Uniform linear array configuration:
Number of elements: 16
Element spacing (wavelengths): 0.75
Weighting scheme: cosine
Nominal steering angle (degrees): -30
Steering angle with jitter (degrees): -28.457
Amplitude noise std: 0.05
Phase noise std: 0.05

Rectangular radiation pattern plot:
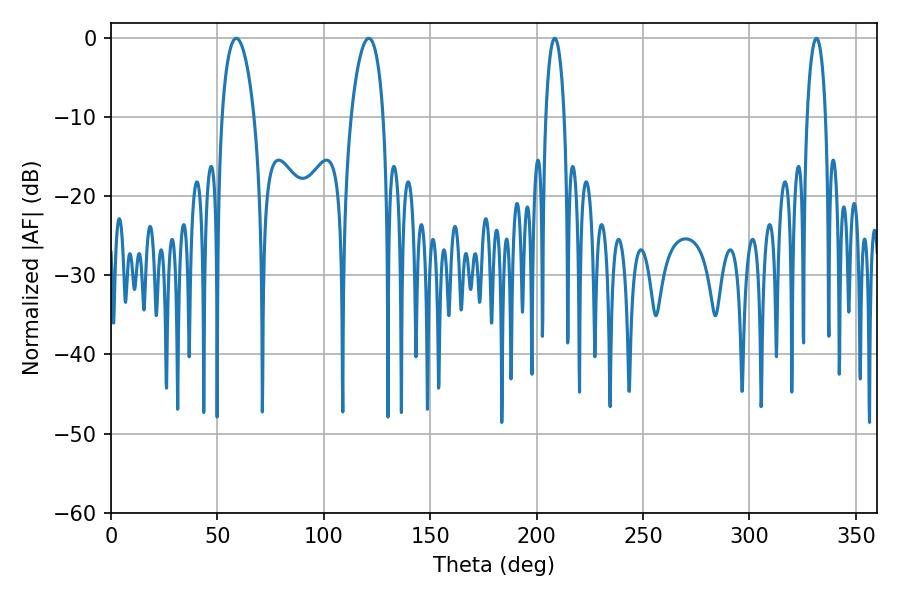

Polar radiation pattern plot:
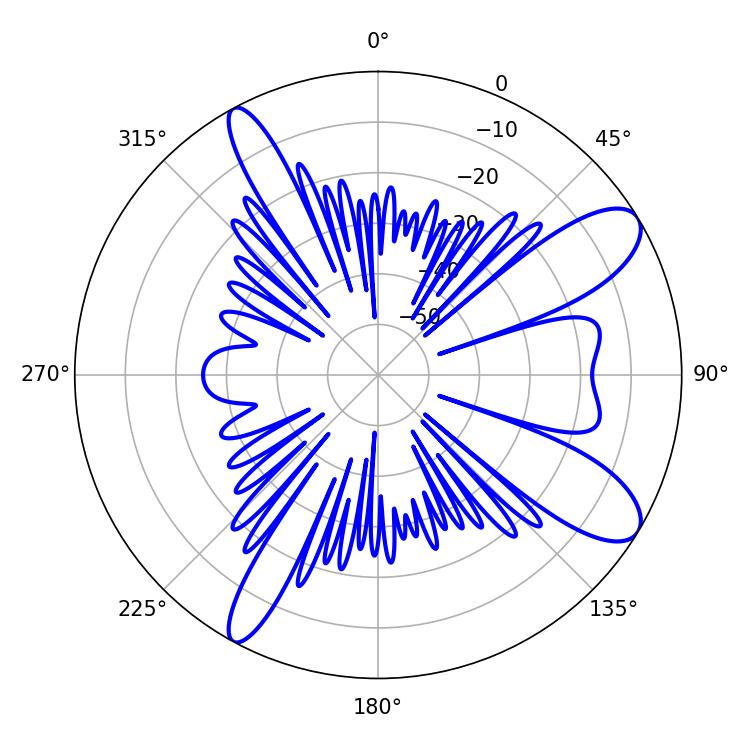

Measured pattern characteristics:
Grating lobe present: TRUE
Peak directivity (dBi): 10.13
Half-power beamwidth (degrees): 8.46
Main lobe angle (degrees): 121.14